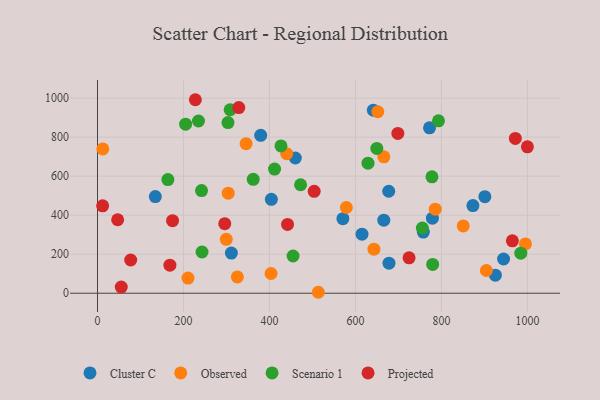
{"axis": {"x": "Study Hours", "y": "Fuel Efficiency"}, "legend": ["Cluster C", "Observed", "Projected", "Scenario 1"], "data": [{"x": "677.4", "y": 522.7, "type": "Cluster C"}, {"x": "460.1", "y": 693.1, "type": "Cluster C"}, {"x": "665.9", "y": 374.6, "type": "Cluster C"}, {"x": "925.4", "y": 92.6, "type": "Cluster C"}, {"x": "779.0", "y": 384.6, "type": "Cluster C"}, {"x": "134.5", "y": 495.4, "type": "Cluster C"}, {"x": "379.6", "y": 809.4, "type": "Cluster C"}, {"x": "757.8", "y": 313.6, "type": "Cluster C"}, {"x": "944.5", "y": 175.4, "type": "Cluster C"}, {"x": "678.0", "y": 153.8, "type": "Cluster C"}, {"x": "615.2", "y": 302.7, "type": "Cluster C"}, {"x": "873.2", "y": 449.4, "type": "Cluster C"}, {"x": "570.8", "y": 382.2, "type": "Cluster C"}, {"x": "641.7", "y": 937.9, "type": "Cluster C"}, {"x": "901.0", "y": 494.6, "type": "Cluster C"}, {"x": "772.3", "y": 847.9, "type": "Cluster C"}, {"x": "404.4", "y": 481.3, "type": "Cluster C"}, {"x": "311.4", "y": 205.7, "type": "Cluster C"}, {"x": "304.0", "y": 513.0, "type": "Observed"}, {"x": "299.5", "y": 276.1, "type": "Observed"}, {"x": "210.5", "y": 77.8, "type": "Observed"}, {"x": "904.5", "y": 116.6, "type": "Observed"}, {"x": "643.0", "y": 225.6, "type": "Observed"}, {"x": "403.7", "y": 101.0, "type": "Observed"}, {"x": "850.7", "y": 345.0, "type": "Observed"}, {"x": "325.3", "y": 83.8, "type": "Observed"}, {"x": "666.0", "y": 699.3, "type": "Observed"}, {"x": "440.1", "y": 715.2, "type": "Observed"}, {"x": "995.4", "y": 252.5, "type": "Observed"}, {"x": "513.6", "y": 4.9, "type": "Observed"}, {"x": "578.9", "y": 439.3, "type": "Observed"}, {"x": "345.6", "y": 766.5, "type": "Observed"}, {"x": "12.3", "y": 739.8, "type": "Observed"}, {"x": "652.0", "y": 930.1, "type": "Observed"}, {"x": "785.6", "y": 430.8, "type": "Observed"}, {"x": "984.6", "y": 205.4, "type": "Scenario 1"}, {"x": "454.9", "y": 190.7, "type": "Scenario 1"}, {"x": "205.0", "y": 866.4, "type": "Scenario 1"}, {"x": "793.1", "y": 883.8, "type": "Scenario 1"}, {"x": "362.2", "y": 583.8, "type": "Scenario 1"}, {"x": "163.7", "y": 582.5, "type": "Scenario 1"}, {"x": "308.5", "y": 940.3, "type": "Scenario 1"}, {"x": "426.8", "y": 754.9, "type": "Scenario 1"}, {"x": "629.2", "y": 666.5, "type": "Scenario 1"}, {"x": "778.0", "y": 596.4, "type": "Scenario 1"}, {"x": "779.6", "y": 147.4, "type": "Scenario 1"}, {"x": "234.9", "y": 882.7, "type": "Scenario 1"}, {"x": "243.1", "y": 211.4, "type": "Scenario 1"}, {"x": "755.6", "y": 333.7, "type": "Scenario 1"}, {"x": "411.8", "y": 636.2, "type": "Scenario 1"}, {"x": "472.3", "y": 555.9, "type": "Scenario 1"}, {"x": "303.5", "y": 874.5, "type": "Scenario 1"}, {"x": "242.0", "y": 526.0, "type": "Scenario 1"}, {"x": "649.7", "y": 741.9, "type": "Scenario 1"}, {"x": "328.6", "y": 951.7, "type": "Projected"}, {"x": "965.0", "y": 268.7, "type": "Projected"}, {"x": "174.5", "y": 371.7, "type": "Projected"}, {"x": "11.9", "y": 447.7, "type": "Projected"}, {"x": "168.4", "y": 143.9, "type": "Projected"}, {"x": "724.7", "y": 181.2, "type": "Projected"}, {"x": "77.2", "y": 170.4, "type": "Projected"}, {"x": "227.6", "y": 991.7, "type": "Projected"}, {"x": "55.2", "y": 31.3, "type": "Projected"}, {"x": "971.9", "y": 793.4, "type": "Projected"}, {"x": "46.9", "y": 376.5, "type": "Projected"}, {"x": "698.6", "y": 819.1, "type": "Projected"}, {"x": "296.0", "y": 356.3, "type": "Projected"}, {"x": "504.0", "y": 522.3, "type": "Projected"}, {"x": "442.0", "y": 352.7, "type": "Projected"}, {"x": "999.9", "y": 750.3, "type": "Projected"}]}